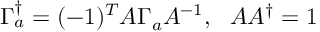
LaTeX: \Gamma _ { a } ^ { \dagger } = ( - 1 ) ^ { T } A \Gamma _ { a } A ^ { - 1 } , ~ ~ A A ^ { \dagger } = 1